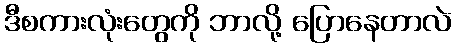
ဒီစကားလုံးတွေကို ဘာလို့ ပြောနေတာလဲ